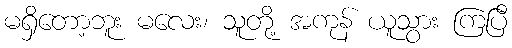
မရှိတော့ဘူး မလေး၊ သူတို့ အကုန် ယူသွား ကြပြီ